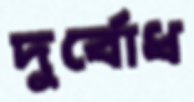
দুর্বোধ